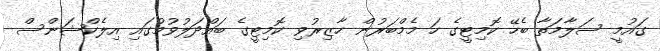
ގައުމީ ސަލާމަތާ ބެހޭ ކޮމިޓީގެ ހަ މެމްބަރުން ހާޒިރުވި ކޮމިޓީގެ ބައްދަލުވުމުގައި އިލެކްޝަންސް